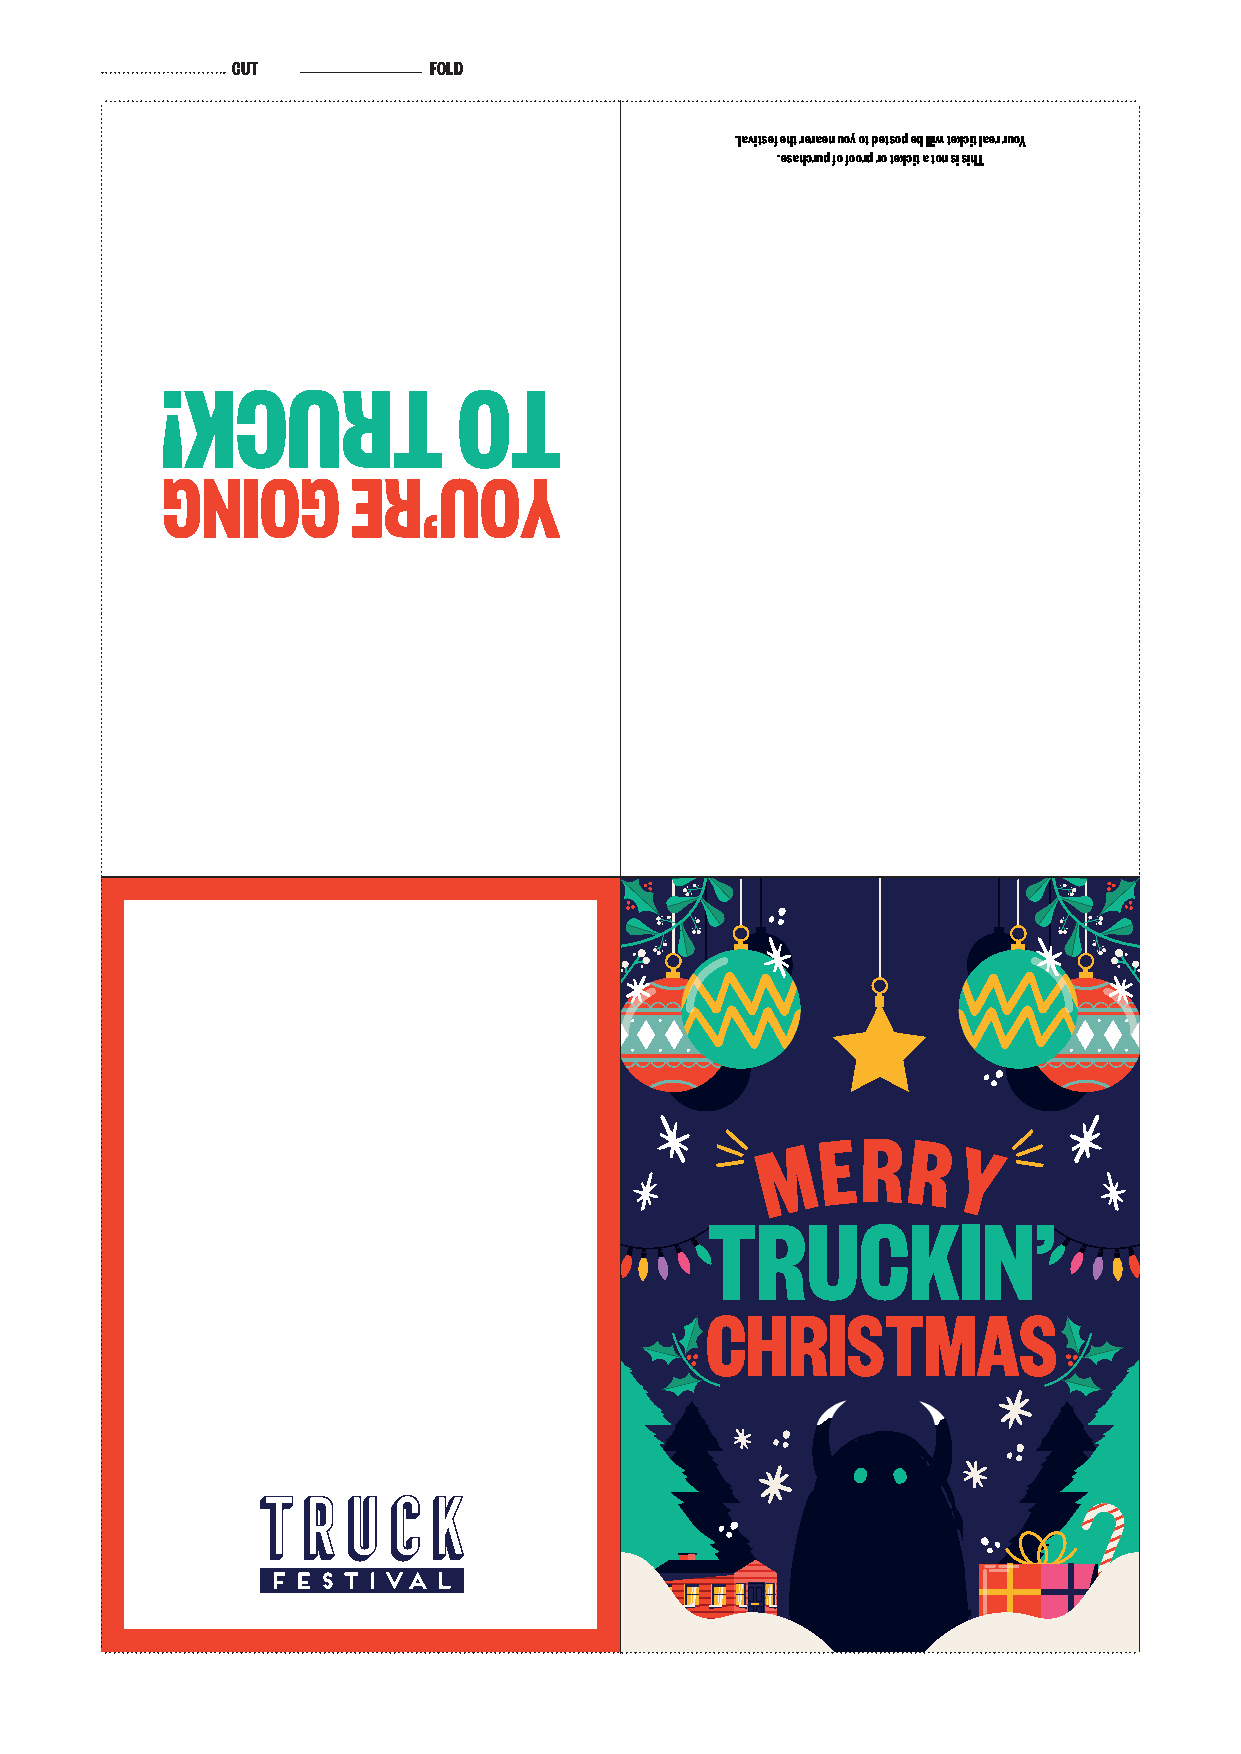
CUT          FOLD
 .lavitsef eht reraen uoy ot detsop eb lliw tekcit laer ruoY
 .esahcrup fo foorp ro tekcit a ton si sihT
 !KCURT             OT
 GNIOG       ER’UOY